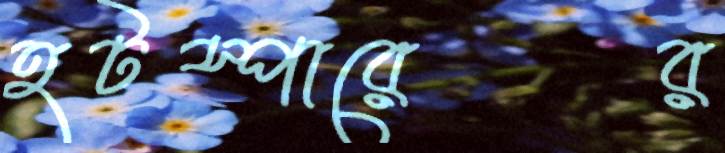
হটস্পারের